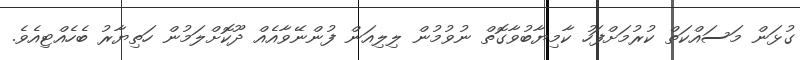
ގުޅަން މަސައްކަތް ކުރުމަށްފަހު ކާމިޔާބުވާގޮތް ނުވުމުން ލިލިއަން ފުންނޭވާއެއް ދޫކޮށްލަމުން ހަތިޔާރު ބެހެއްޓިއެވެ.